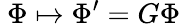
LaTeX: \ \Phi\mapsto\Phi^{\prime}=G\Phi